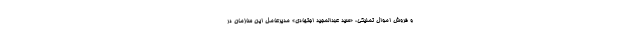
و فروش اموال تملیکی، «سید عبدالمجید اجتهادی» مدیرعامل این سازمان در